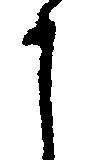
之